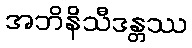
အဘိနိသီဒန္တဿ